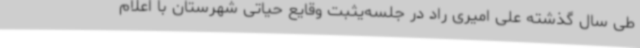
طی سال گذشته علی امیری راد در جلسه‌یثبت وقایع حیاتی شهرستان با اعلام